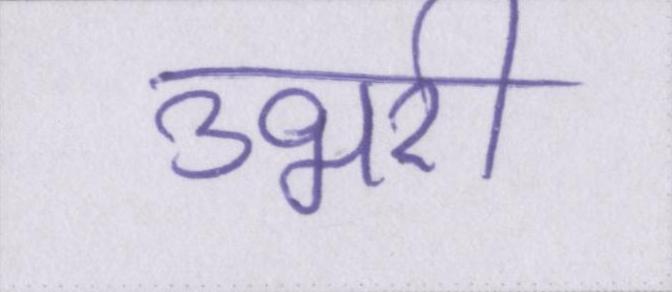
उभरी